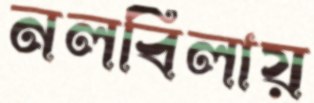
নলবিলায়